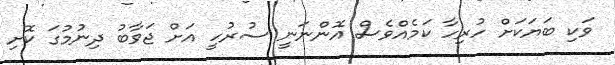
ވަކި ބަޔަކަށް ހުރިހާ ކަމެއްވެސް އޮންނަނީ ސުރުހީ އަށް ޖަވާބު ދިނުމުގަ ކޮށި